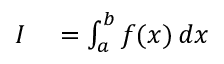
\begin{array} { r l } { I } & { { } = \int _ { a } ^ { b } f ( x ) \, d x } \end{array}